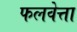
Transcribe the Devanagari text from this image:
फलवेत्ता